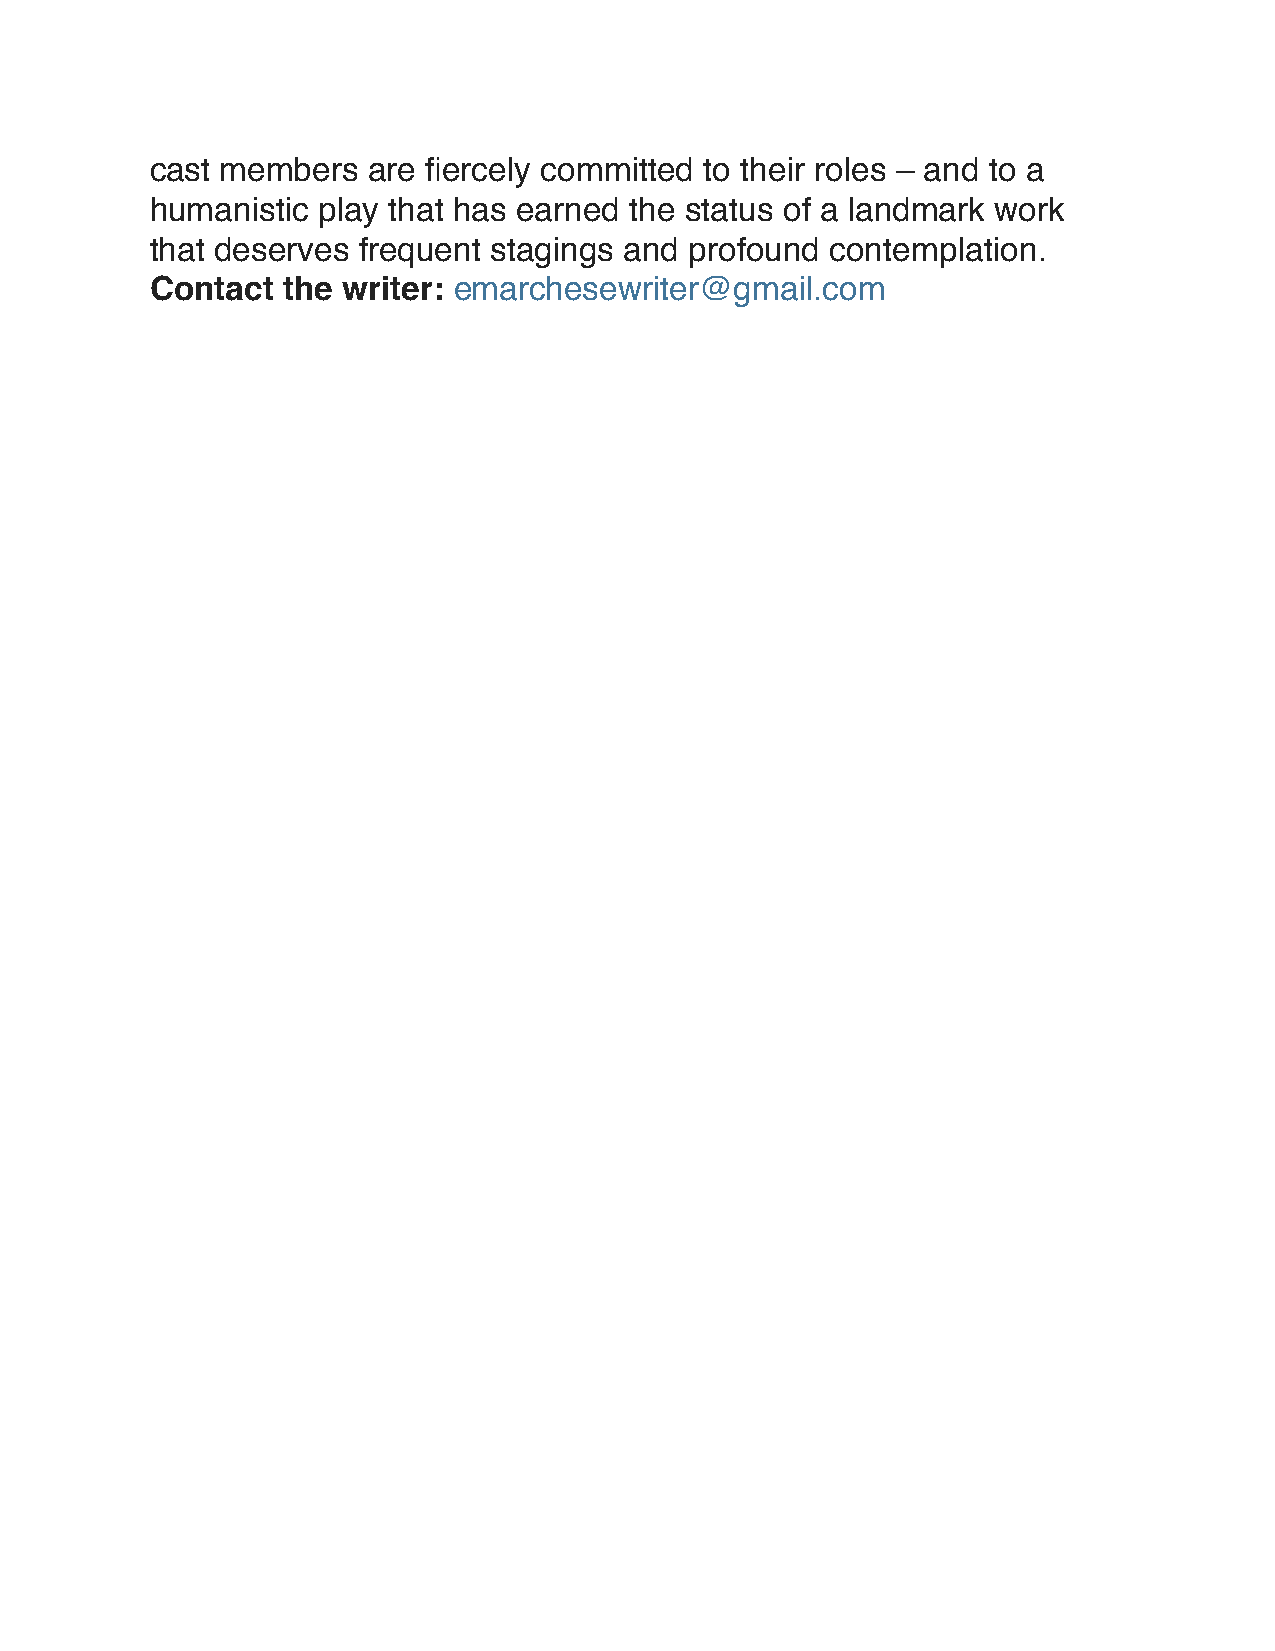
cast members  are fiercely committed to their roles – and to a
 humanistic play that has earned the status of a landmark work
 that deserves frequent stagings and profound contemplation.
 Contact  the writer: emarchesewriter@gmail.com